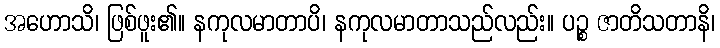
အဟောသိ၊ ဖြစ်ဖူး၏။ နကုလမာတာပိ၊ နကုလမာတာသည်လည်း။ ပဉ္စ ဇာတိသတာနိ၊